Annual returns of the Patna Lunatic Asylum at Bankipore in Bihar and Orissa - 1912-1924
Year: 1912
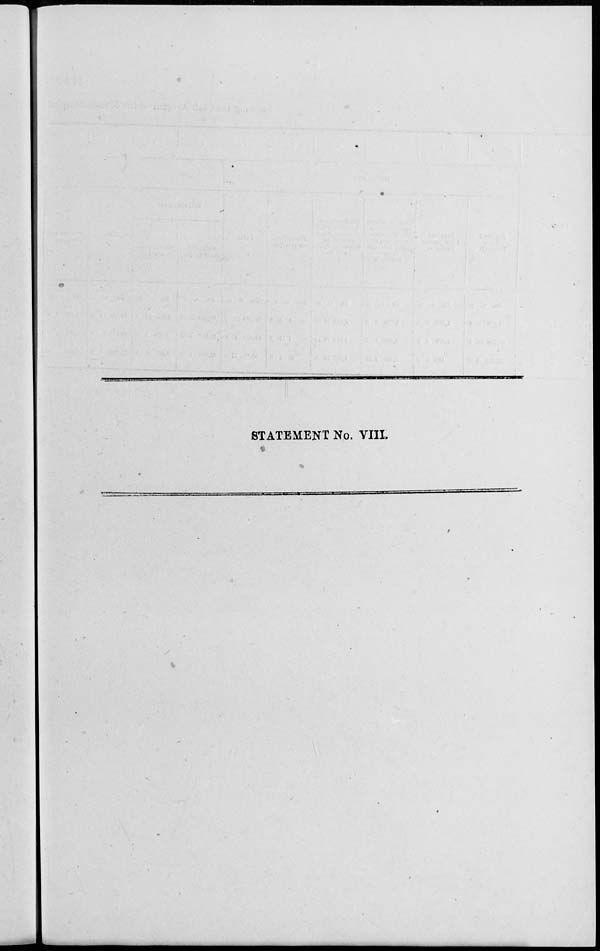
STATEMENT No. VIII.